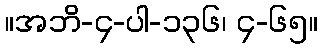
။အဘိ-၄-ပါ-၁၃၆၊ ၄-၆၅။